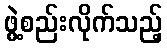
ဖွဲ့စည်းလိုက်သည့်